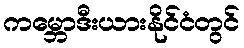
ကမ္ဘောဒီးယားနိုင်ငံတွင်